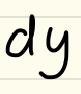
$dy$